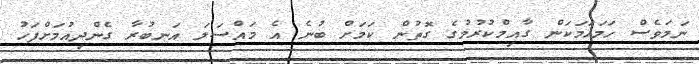
ނަމަވެސް ހަމަހަމަކަން ގާއިމްކުރުމުގެ ގޮތުން ކަމަށް ބުނެ އެ މައްސަލަ އަނބުރާ ގެންދިއުމަށްފަހު